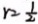
r = \frac { 1 } { 2 }